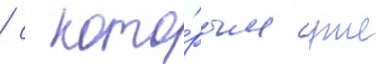
/ с кото́рым уже